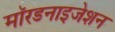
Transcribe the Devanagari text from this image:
मॉरडनाइजेशन